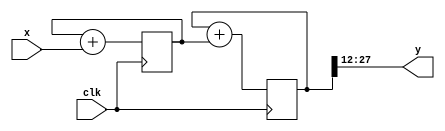
`timescale 1ns / 1ns
module interp1(
	input clk,
	input signed [17:0] x,
	output signed [15:0] y
);

// y is double-integrated value of x
// x is assumed to be doubly-differentiated from the signal of interest,
// presumably from a ROM.
// Configured to support x updated every 47 clk cycles,
// and limited in amplitude a little:
// 47^2 = 2209, but keep output < 2047

reg signed [29:0] i1=0, i2=0;
always @(posedge clk) begin
	i1 <= i1+x;
	i2 <= i2+i1;
end
assign y = i2[27:12];

endmodule